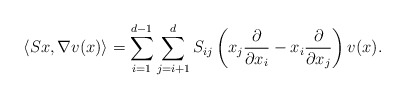
\begin{align*} \left\langle Sx,\nabla v(x)\right\rangle=\sum_{i=1}^{d-1}\sum_{j=i+1}^{d}S_{ij}\left(x_j\frac{\partial}{\partial x_i}-x_i\frac{\partial}{\partial x_j}\right)v(x).\end{align*}